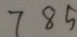
7 8 5